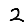
Digit: 2